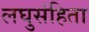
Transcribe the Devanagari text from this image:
लघुसंहिता